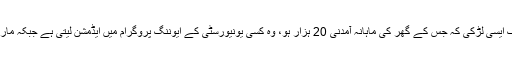
ایک خاتون کا سوال ہے کہ ایک ایسی لڑکی کہ جس کے گھر کی ماہانہ آمدنی 20 ہزار ہو، وہ کسی یونیورسٹی کے ایوننگ پروگرام میں ایڈمشن لیتی ہے جبکہ مارننگ میں بھی داخلہ مل رہا تھا۔